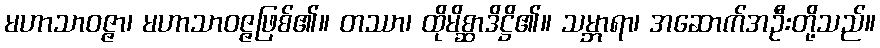
မဟာသာဝဇ္ဇာ၊ မဟာသာဝဇ္ဇဖြစ်၏။ တဿာ၊ ထိုမိစ္ဆာဒိဋ္ဌိ၏။ သမ္ဘာရာ၊ အဆောက်အဦးတို့သည်။